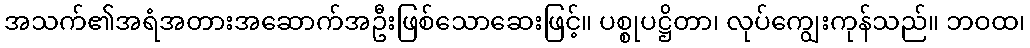
အသက်၏အရံအတားအဆောက်အဦးဖြစ်သောဆေးဖြင့်။ ပစ္စုပဋ္ဌိတာ၊ လုပ်ကျွေးကုန်သည်။ ဘဝထ၊